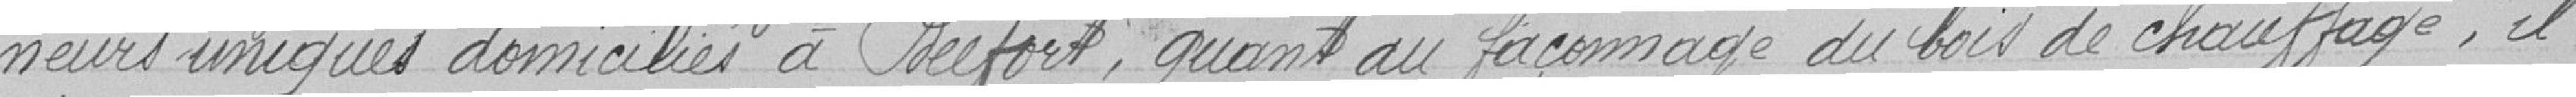
neurs uniques domiciliés à Belfort, quant au façonnage du bois de chauffage, il